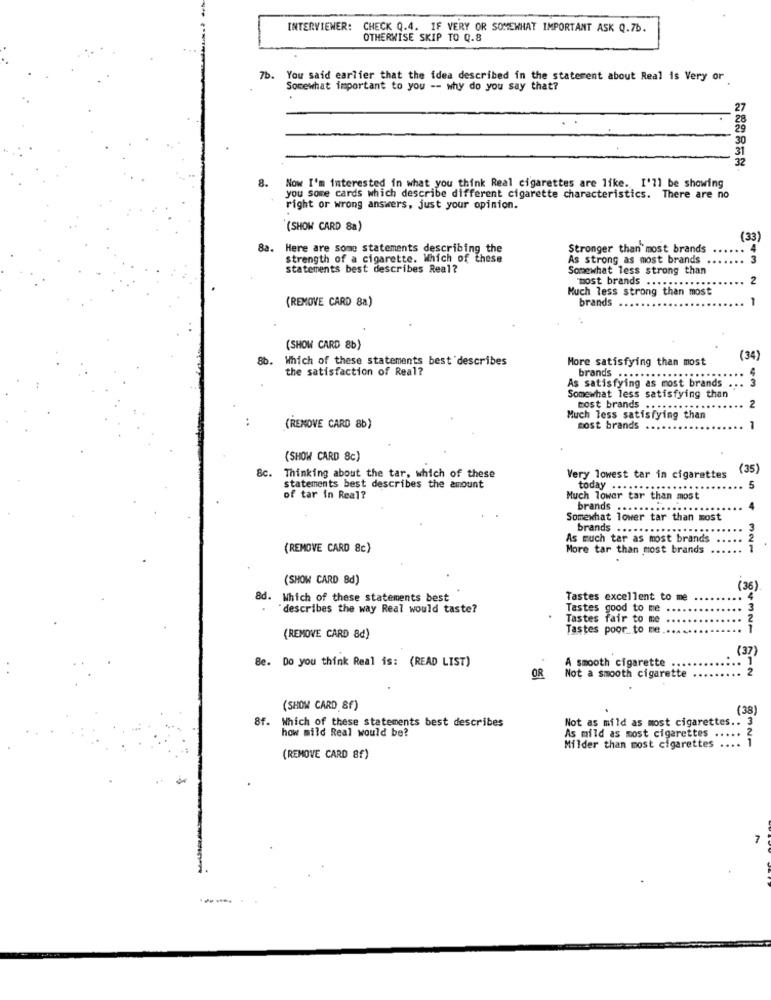
INTERVIEWER: CHECK Q.4. IF VERY OR SOMEWHAT IMPORTANT ASK Q.7b.
OTHERWISE SKIP TO Q.8
7b.
You said earlier that the idea described in the statement about Real is Very or
Somewhat important to you -- why do you say that?
8. Now I'm interested in what you think Real cigarettes are like. I'll be showing
you some cards which describe different cigarette characteristics. There are no
right or wrong answers, just your opinion.
(SHOW CARD 8a)
(33)
8a.
Here are some statements describing the
Stronger than most brands
strength of a cigarette. Which of these
As strong as most brands
3
statements best describes Real?
Somewhat less strong than
2
most brands ............
Much less strong than most
(REMOVE CARD 8a)
brands
(SHOW CARD 8b)
8b.
Which of these statements best describes
More satisfying than most
(34)
the satisfaction of Real?
brands .........
As satisfying as most brands .
Somewhat less satisfying than
cost brands ...........
2
..
Much less satisfying than
(REMOVE CARD 8b)
most brands
1
(SHOW CARD 8c)
&c.
(35)
Thinking about the tar, which of these
Very lowest tar in cigarettes
statements best describes the amount
today
5
of tar in Real?
Much lower tar than most
brands
.......
Somewhat lower tar than most
brands .....
As much tar as most brands
(REMOVE CARD 8c)
More tar than most brands
(SHOW CARD 8d)
(36)
8d. Which of these statements best
Tastes excellent to me
"describes the way Real would taste?
Tastes good to me
Tastes fair to me .
Tastes poor to me.
(REMOVE CARD 8d)
(37)
Be. Do you think Real is: (READ LIST)
A smooth cigarette .
-
OR
Not a smooth cigarette
(SHOW CARD 8f)
(38)
8f. Which of these statements best describes
how mild Real would be?
Not as mild as most cigarettes .. 3
As mild as most cigarettes .....
321
Milder than most cigarettes ....
(REMOVE CARD 8f)
---